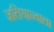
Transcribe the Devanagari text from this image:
जलियान्वाला